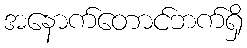
အနောက်တောင်ဘက်ရှိ